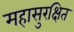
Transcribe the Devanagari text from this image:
महासुरक्षित